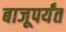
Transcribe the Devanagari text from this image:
बाजूपर्यंत